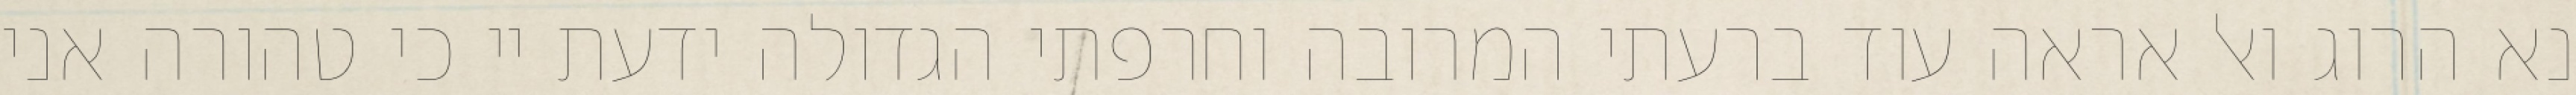
נא הרוג ואל אראה עוד ברעתי המרובה וחרפתי הגדולה ידעת יי כי טהורה אני